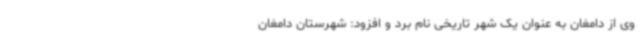
وی از دامغان به عنوان یک شهر تاریخی نام برد و افزود: شهرستان دامغان